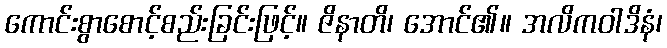
ကောင်းစွာစောင့်စည်းခြင်းဖြင့်။ ဇိနာတိ၊ အောင်၏။ အလိကဝါဒိနံ၊